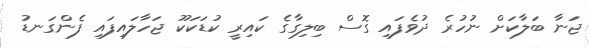
ޖަނާ ބަލާކަށް ނުހުރެ ދުވެފައި ގޮސް ބިލިގާގެ ކައިރީ ކުޑަކަކޫ ޖަހާލައިފައި ފެންގަނޑު